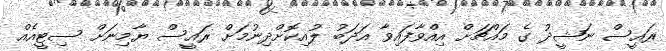
ރައީސް ނަޝީދު ގެ މައްޗަށް އިއްވާފައިވާ އަދަބު ލުއިކޮށްދިނުމަށް ރައީސް ޔާމިނަށް ސިޓީއެއް